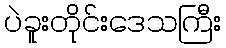
ပဲခူးတိုင်းဒေသကြီး